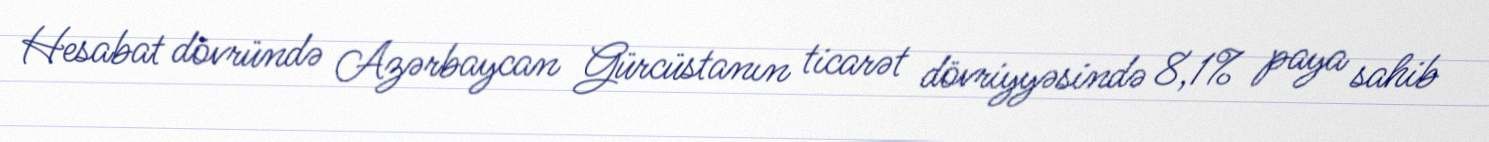
Hesabat dövründə Azərbaycan Gürcüstanın ticarət dövriyyəsində 8,1% paya sahib